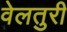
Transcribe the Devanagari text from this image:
वेलतुरी